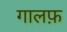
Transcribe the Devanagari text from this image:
गालफ़